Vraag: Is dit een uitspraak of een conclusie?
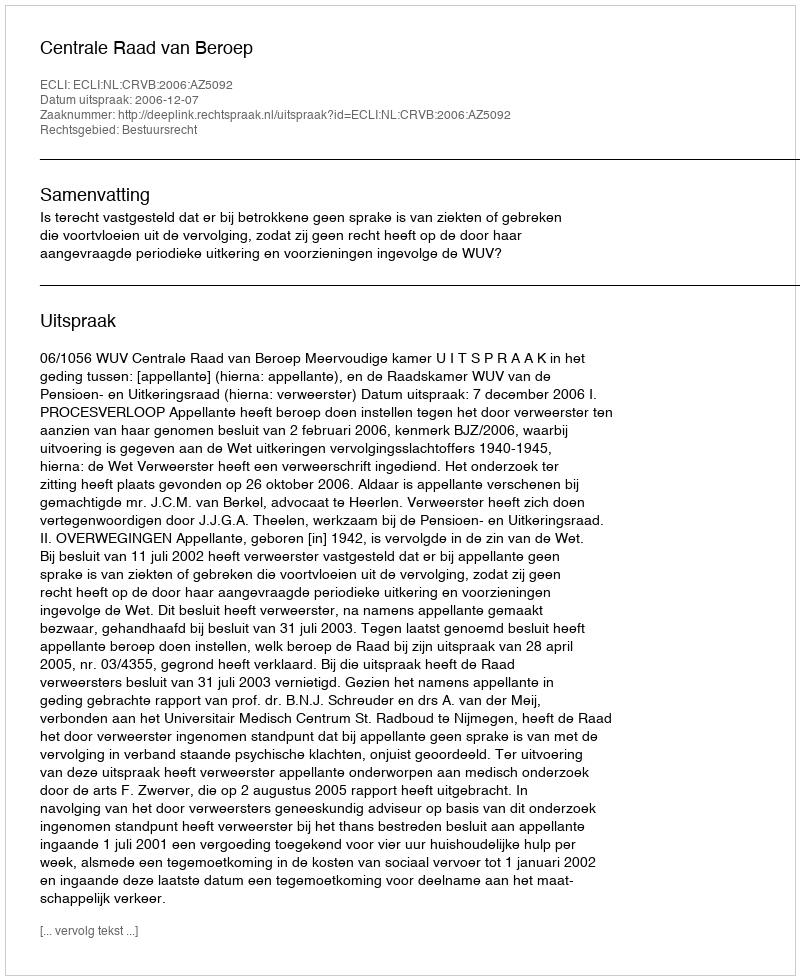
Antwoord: Uitspraak